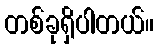
တစ်ခုရှိပါတယ်။